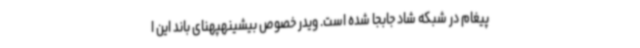
پیغام در شبکه شاد جابجا شده است. ویدر خصوص بیشینهپهنای باند این ا